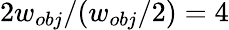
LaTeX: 2w_{obj}/(w_{obj}/2)=4